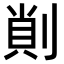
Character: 𠝿